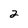
Character: 2